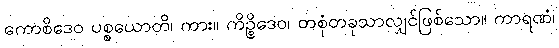
ကောစိဒေဝ ပစ္စယောတိ၊ ကား။ ကိဉ္စိဒေဝ၊ တစုံတခုသာလျှင်ဖြစ်သော။ ကာရဏံ၊